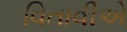
વિતાવીએ